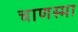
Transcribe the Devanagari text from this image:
चाणस्मा